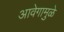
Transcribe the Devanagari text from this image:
आवेगामुळे